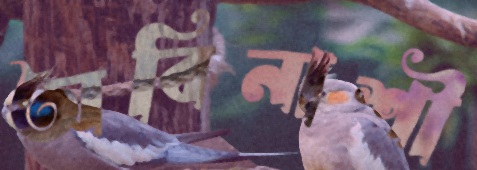
অবিনাশী